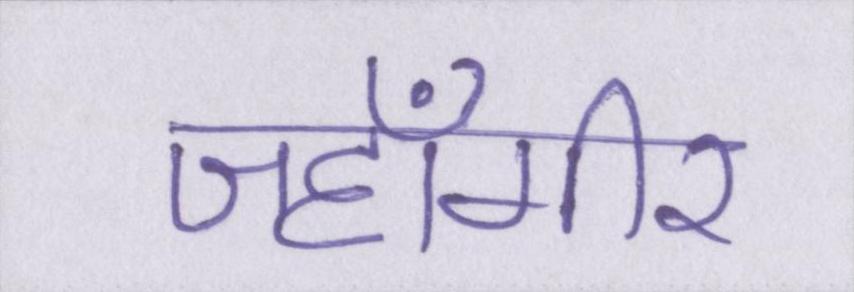
जहाँगीर